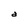
Character: a